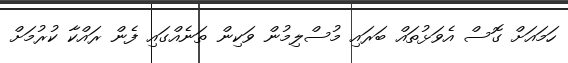
ހަމައަށް ގޮސް އެވަޅުތައް ބަރައި މުސްލިމުން ވަކިން ތަނެއްގައި ފެން ރައްކާ ކުރުމަށް